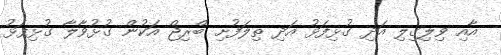
އާއި ވިލިގިލި އަދި ގުޅިފަޅު އަދި ތިލަފުށި ބްރިޖް އަކުން ގުޅުވާލާ ގުޅިފަޅު